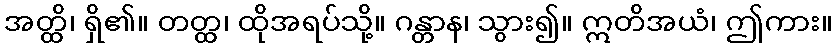
အတ္ထိ၊ ရှိ၏။ တတ္ထ၊ ထိုအရပ်သို့။ ဂန္တာန၊ သွား၍။ ဣတိအယံ၊ ဤကား။